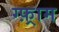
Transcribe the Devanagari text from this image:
ग्फ़्राम